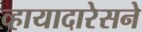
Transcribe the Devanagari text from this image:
व्हायादारेसने